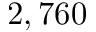
2 , 7 6 0